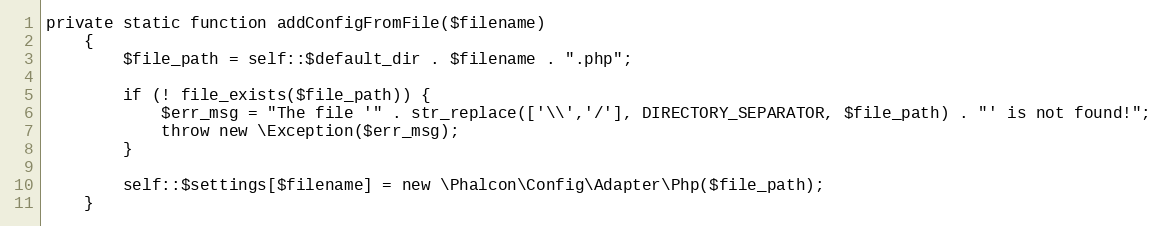
Language: PHP
private static function addConfigFromFile($filename)
    {
        $file_path = self::$default_dir . $filename . ".php";

        if (! file_exists($file_path)) {
            $err_msg = "The file '" . str_replace(['\\','/'], DIRECTORY_SEPARATOR, $file_path) . "' is not found!";
            throw new \Exception($err_msg);
        }

        self::$settings[$filename] = new \Phalcon\Config\Adapter\Php($file_path);
    }